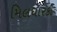
મિલધારકો